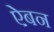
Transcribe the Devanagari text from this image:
ऐबन